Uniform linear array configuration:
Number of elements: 32
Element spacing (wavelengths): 1
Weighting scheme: uniform
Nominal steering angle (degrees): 0
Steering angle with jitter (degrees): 0.1092
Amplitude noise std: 0.05
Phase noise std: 0.05

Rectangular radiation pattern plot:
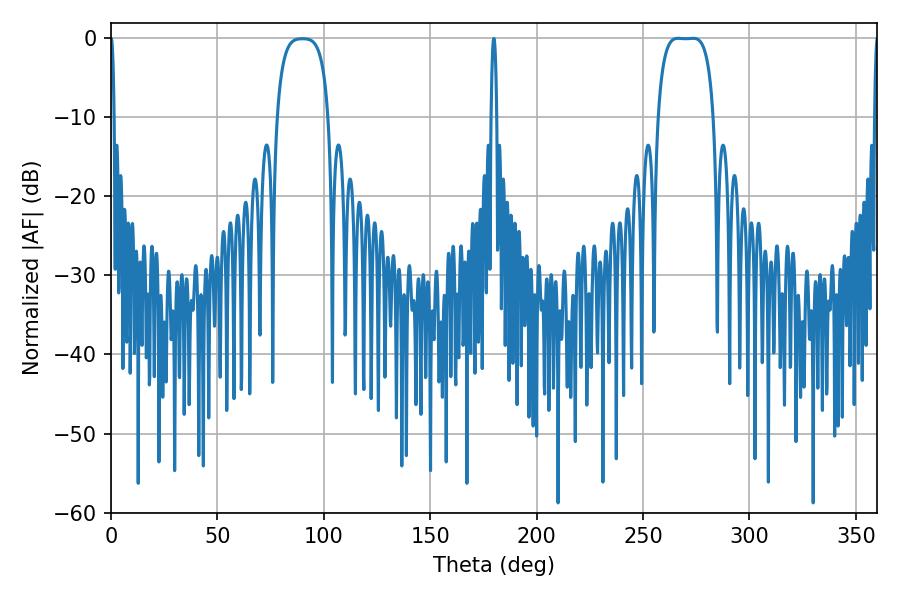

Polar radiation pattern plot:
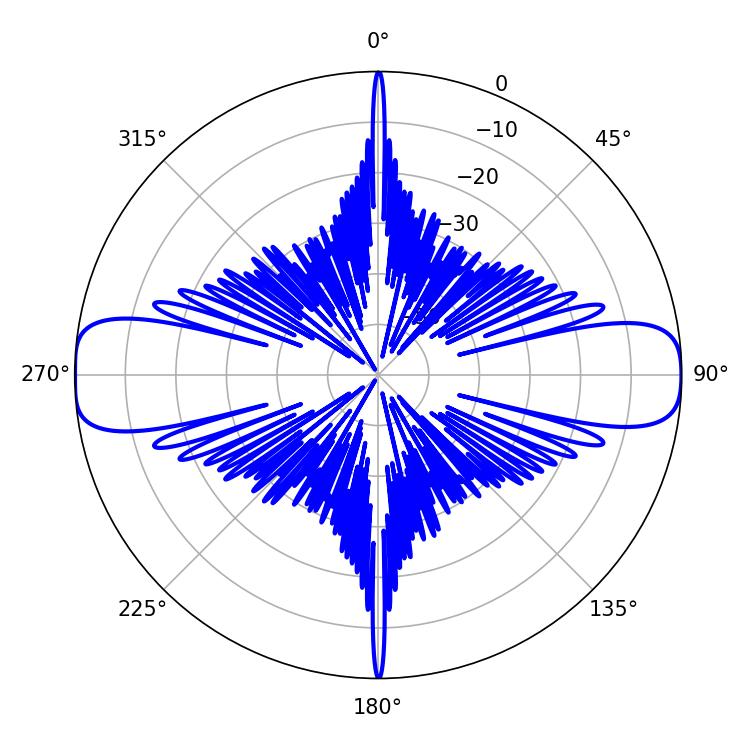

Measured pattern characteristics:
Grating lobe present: TRUE
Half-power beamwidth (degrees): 20.16
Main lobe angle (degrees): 266.4